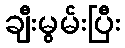
ချီးမွမ်းပြီး